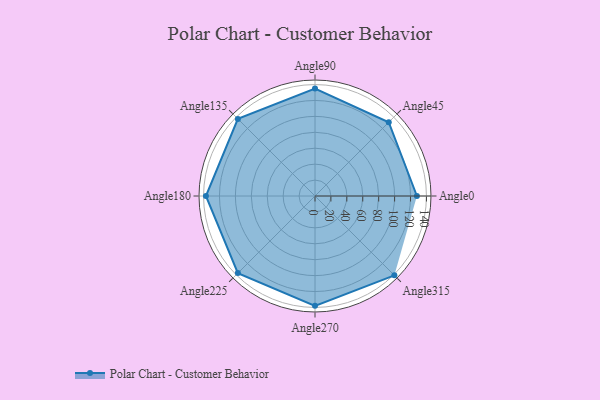
{"axis": {"x": "Angle", "y": "Radius"}, "legend": [""], "data": [{"x": "Angle0", "y": 128.0, "type": ""}, {"x": "Angle45", "y": 131.0, "type": ""}, {"x": "Angle90", "y": 135.0, "type": ""}, {"x": "Angle135", "y": 137.0, "type": ""}, {"x": "Angle180", "y": 137.0, "type": ""}, {"x": "Angle225", "y": 137.0, "type": ""}, {"x": "Angle270", "y": 138.0, "type": ""}, {"x": "Angle315", "y": 141.0, "type": ""}]}